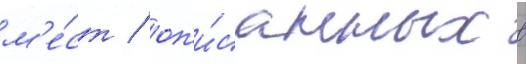
м'е́ст / оп'и́санных в